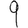
Digit: 9